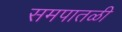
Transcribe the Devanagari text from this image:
समपातळी